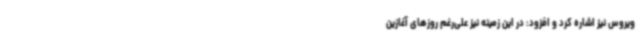
ویروس نیز اشاره کرد و افزود: در این زمینه نیز علی‌رغم روزهای آغازین